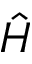
\hat { H }